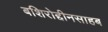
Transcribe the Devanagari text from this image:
बशिरोद्दीनसाहब